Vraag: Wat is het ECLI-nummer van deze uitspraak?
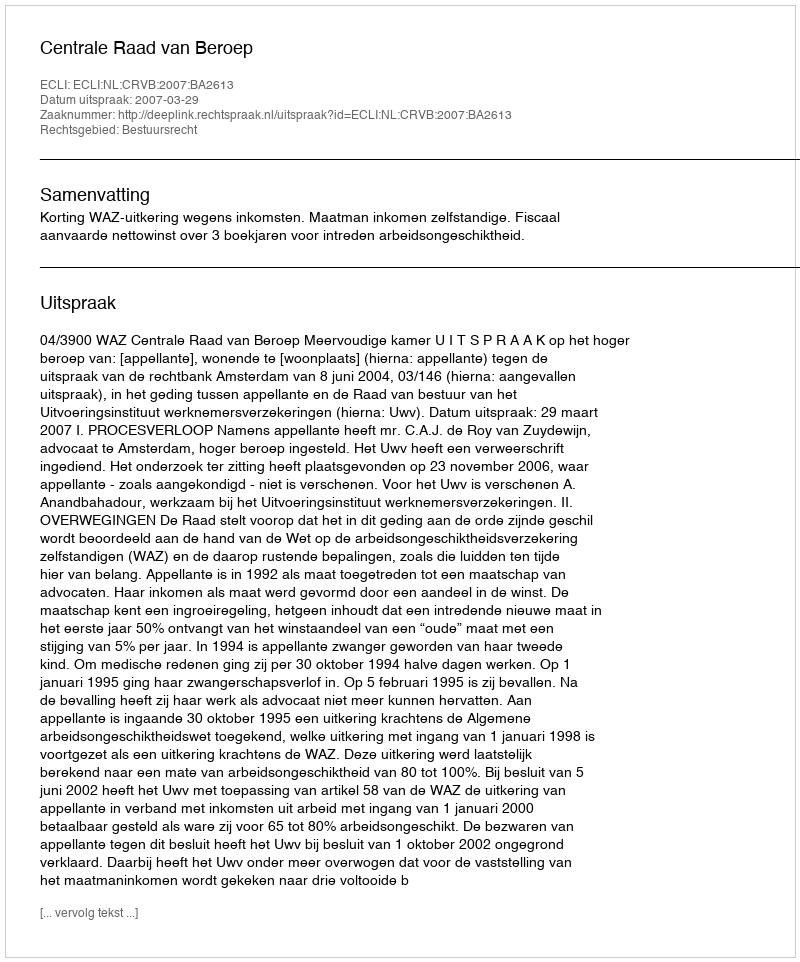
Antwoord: ECLI:NL:CRVB:2007:BA2613